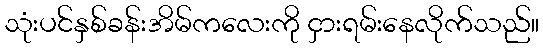
သုံးပင်နှစ်ခန်းအိမ်ကလေးကို ငှားရမ်းနေလိုက်သည်။